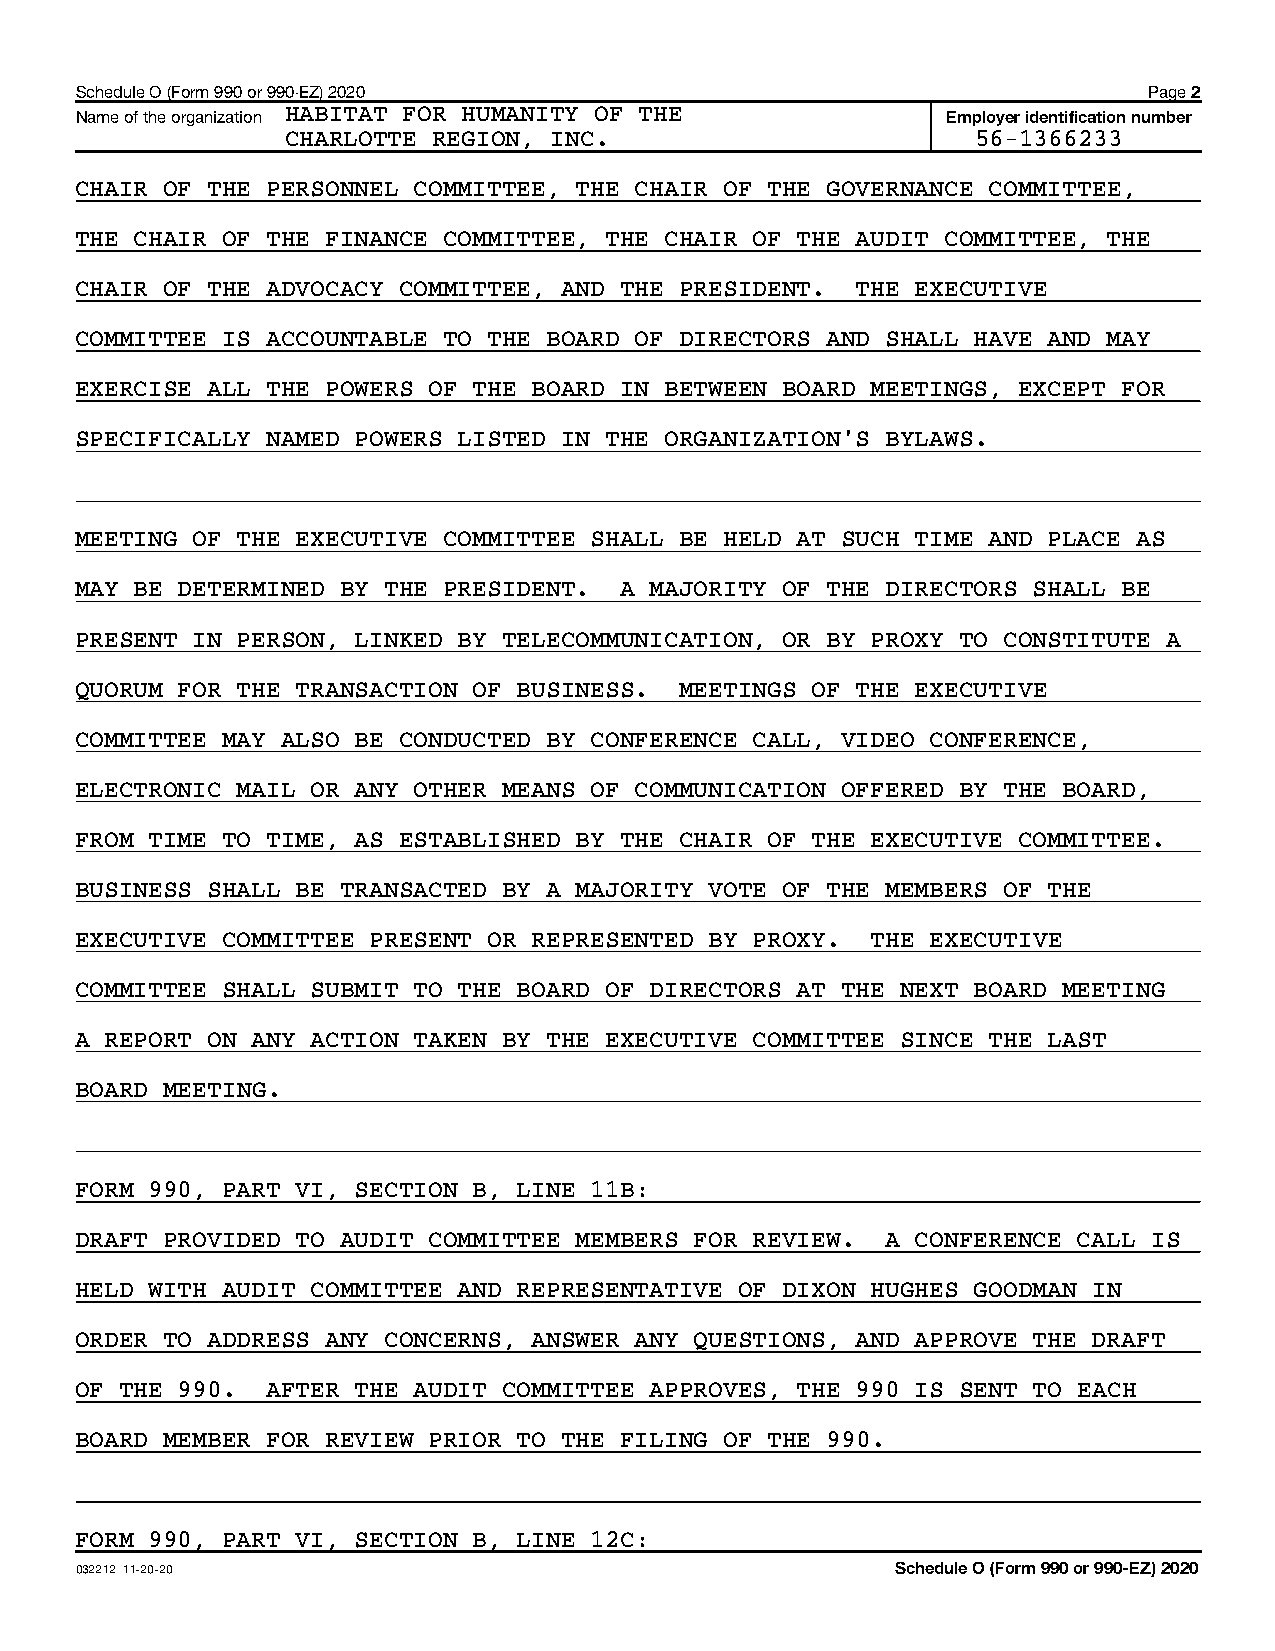
Schedule O (Form 990 or 990-EZ) 2020                                   Page 2
 Name of the organization HABITAT FOR HUMANITY OF THE      Employer identification number
 CHARLOTTE REGION, INC.                        56-1366233
 CHAIR OF THE PERSONNEL COMMITTEE, THE CHAIR OF THE GOVERNANCE COMMITTEE,
 THE CHAIR OF THE FINANCE COMMITTEE, THE CHAIR OF THE AUDIT COMMITTEE, THE
 CHAIR OF THE ADVOCACY COMMITTEE, AND THE PRESIDENT. THE EXECUTIVE
 COMMITTEE IS ACCOUNTABLE TO THE BOARD OF DIRECTORS AND SHALL HAVE AND MAY
 EXERCISE ALL THE POWERS OF THE BOARD IN BETWEEN BOARD MEETINGS, EXCEPT FOR
 SPECIFICALLY NAMED POWERS LISTED IN THE ORGANIZATION'S BYLAWS.
 MEETING OF THE EXECUTIVE COMMITTEE SHALL BE HELD AT SUCH TIME AND PLACE AS
 MAY BE DETERMINED BY THE PRESIDENT. A MAJORITY OF THE DIRECTORS SHALL BE
 PRESENT IN PERSON, LINKED BY TELECOMMUNICATION, OR BY PROXY TO CONSTITUTE A
 QUORUM FOR THE TRANSACTION OF BUSINESS. MEETINGS OF THE EXECUTIVE
 COMMITTEE MAY ALSO BE CONDUCTED BY CONFERENCE CALL, VIDEO CONFERENCE,
 ELECTRONIC MAIL OR ANY OTHER MEANS OF COMMUNICATION OFFERED BY THE BOARD,
 FROM TIME TO TIME, AS ESTABLISHED BY THE CHAIR OF THE EXECUTIVE COMMITTEE.
 BUSINESS SHALL BE TRANSACTED BY A MAJORITY VOTE OF THE MEMBERS OF THE
 EXECUTIVE COMMITTEE PRESENT OR REPRESENTED BY PROXY. THE EXECUTIVE
 COMMITTEE SHALL SUBMIT TO THE BOARD OF DIRECTORS AT THE NEXT BOARD MEETING
 A REPORT ON ANY ACTION TAKEN BY THE EXECUTIVE COMMITTEE SINCE THE LAST
 BOARD MEETING.
 FORM 990, PART VI, SECTION B, LINE 11B:
 DRAFT PROVIDED TO AUDIT COMMITTEE MEMBERS FOR REVIEW. A CONFERENCE CALL IS
 HELD WITH AUDIT COMMITTEE AND REPRESENTATIVE OF DIXON HUGHES GOODMAN IN
 ORDER TO ADDRESS ANY CONCERNS, ANSWER ANY QUESTIONS, AND APPROVE THE DRAFT
 OF THE 990.  AFTER THE AUDIT COMMITTEE APPROVES, THE 990 IS SENT TO EACH
 BOARD MEMBER FOR REVIEW PRIOR TO THE FILING OF THE 990.
 FORM 990, PART VI, SECTION B, LINE 12C:
 032212 11-20-20                                       Schedule O (Form 990 or 990-EZ) 2020